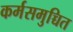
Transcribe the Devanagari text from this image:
कर्मसमुच्चित